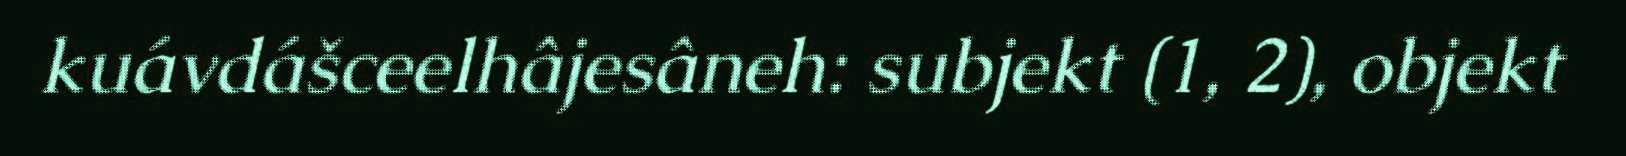
kuávdášceelhâjesâneh: subjekt (1, 2), objekt